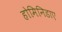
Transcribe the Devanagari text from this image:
होमिनिडाए